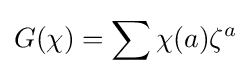
G(\chi )=\sum \chi (a)\zeta ^{a}